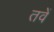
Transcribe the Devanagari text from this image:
तवें